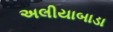
અલીયાબાડા